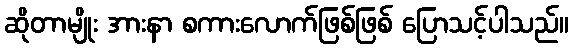
ဆိုတာမျိုး အားနာ စကားလောက်ဖြစ်ဖြစ် ပြောသင့်ပါသည်။